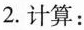
2.计算：